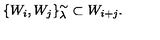
\{ W _ { i } , W _ { j } \} _ { \lambda } ^ { \sim } \subset W _ { i + j } .